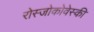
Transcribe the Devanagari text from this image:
रोस्‍जोकोवेस्‍की